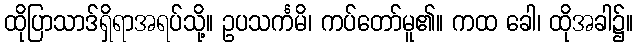
ထိုပြာသာဒ်ရှိရာအရပ်သို့။ ဥပသင်္ကမိ၊ ကပ်တော်မူ၏။ ကထ ခေါ၊ ထိုအခါ၌။